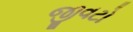
જીવટો